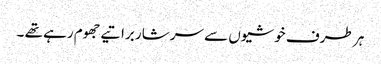
ہر طرف خوشیوں سے سرشار براتیے جھوم رہے تھے ۔